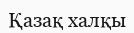
Қазақ халқы